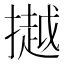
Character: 𢵼